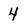
Character: 4